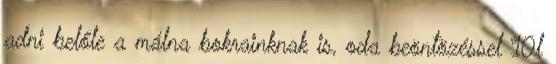
adni belőle a málna bokrainknak is, oda beöntözéssel 10l